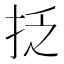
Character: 抸